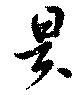
昃